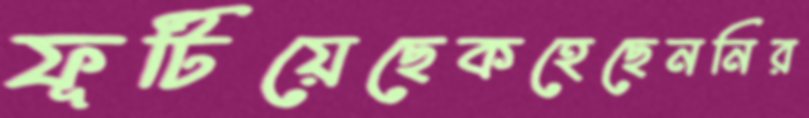
ফূটিয়েছেকহেছেননির